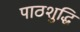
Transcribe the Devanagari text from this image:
पाठशुद्धि